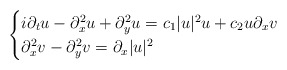
\begin{align*}\begin{cases}i\partial_tu-\partial_x^2u+\partial_y^2u=c_1|u|^2u+c_2u\partial_x v\\\partial_x^2 v-\partial_y^2 v=\partial_x|u|^2\end{cases}\end{align*}